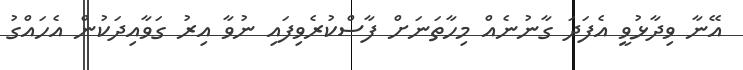
އޭނާ ވިދާޅުވީ އެފަދަ ގާނުނެއް މިހާތަނަށް ފާސްކުރެވިފައި ނުވާ އިރު ގަވާއިދަކުން އެހައްގު